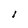
Character: l